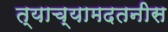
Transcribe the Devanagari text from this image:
त्याच्यामदतनीस